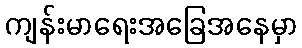
ကျန်းမာရေးအခြေအနေမှာ